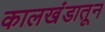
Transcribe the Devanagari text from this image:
कालखंडातून